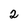
Character: 2